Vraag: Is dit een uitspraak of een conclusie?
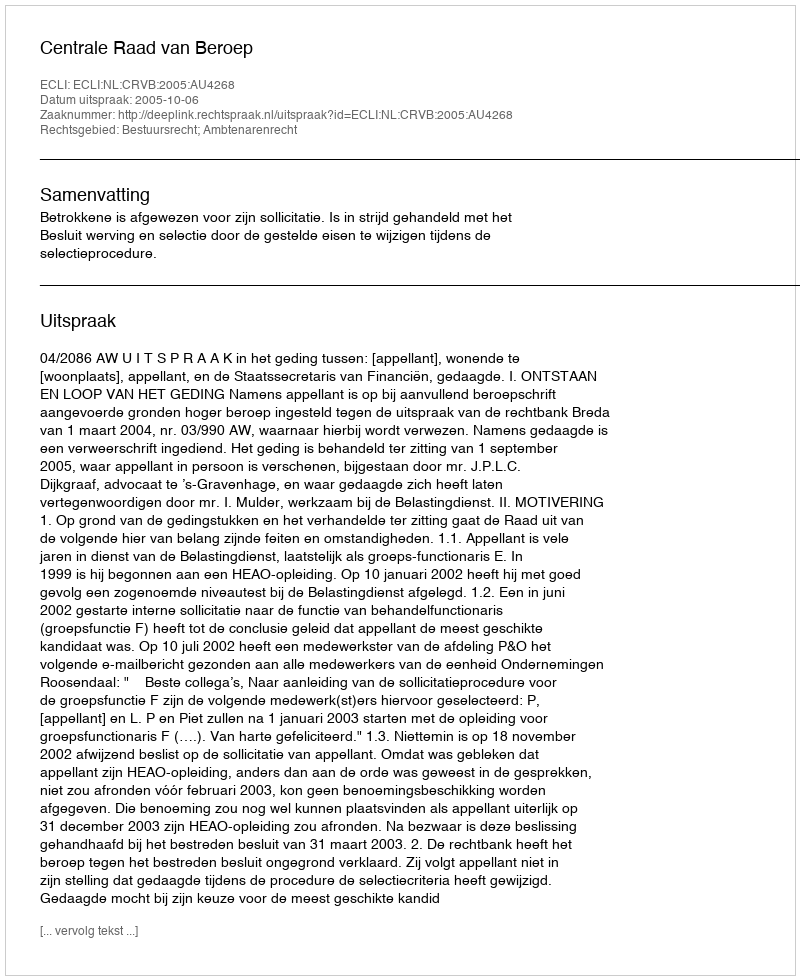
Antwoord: Uitspraak